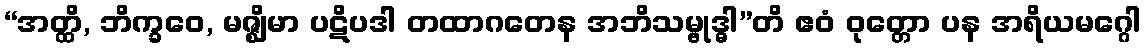
“အတ္ထိ, ဘိက္ခဝေ, မဇ္ဈိမာ ပဋိပဒါ တထာဂတေန အဘိသမ္ဗုဒ္ဓါ”တိ ဧဝံ ဝုတ္တော ပန အရိယမဂ္ဂေါ